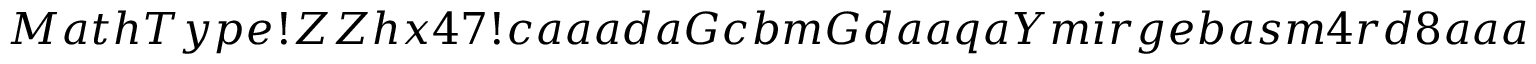
M a t h T y p e ! Z Z h x 4 7 ! c a a a d a G c b m G d a a q a Y m i r g e b a s m 4 r d 8 a a a S q e b i a H S b a a k i G H x p q a a a